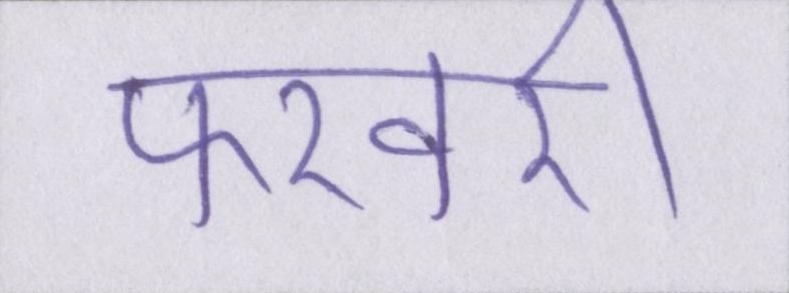
फरवरी